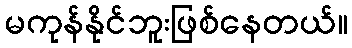
မကုန်နိုင်ဘူးဖြစ်နေတယ်။